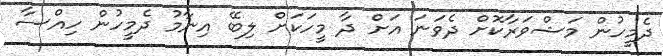
ދެމީހުން މަޝްވަރާކޮށް ދެވަނަ އަށް ދާ މީހަކަށް ލިބޭ އިނާމު ދެމީހުން ހިއްސާ